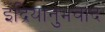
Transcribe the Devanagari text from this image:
इंद्रियानुभवाद